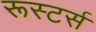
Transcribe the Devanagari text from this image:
रूस्टर्स